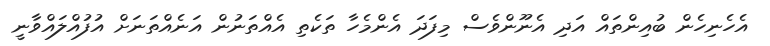
އެހެނިހެން ބުއިންތައް އަދި އެނޫންވެސް މިފަދަ އެންމެހާ ތަކެތި އެއްތަނުން އަނެއްތަނަށް އުފުއްލައްވާނީ